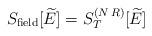
LaTeX: \begin{align*}S_{\rm field}[\widetilde{E}] = S^{(N\, R)}_{T}[\widetilde{E}]\end{align*}